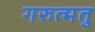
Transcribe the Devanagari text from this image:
गरुत्मतु